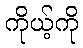
ကိုယ့်ကို